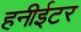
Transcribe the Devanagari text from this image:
हनीईटर